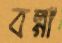
বল্‌গা